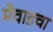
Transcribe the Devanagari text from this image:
मेवाडचा